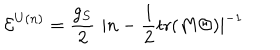
LaTeX: { \cal E } ^ { U ( n ) } = \frac { g _ { S } } { 2 } \, \, | n - \frac { 1 } { 2 } \mathrm { t r } ( M \Theta ) | ^ { - 1 }